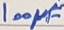
Text: 100µ